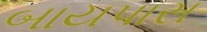
બાયપાસ